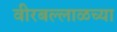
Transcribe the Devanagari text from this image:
वीरबल्लाळच्या